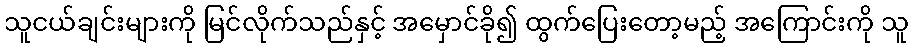
သူငယ်ချင်းများကို မြင်လိုက်သည်နှင့် အမှောင်ခို၍ ထွက်ပြေးတော့မည့် အကြောင်းကို သူ